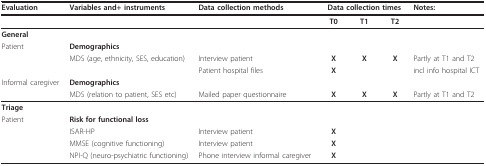
<table><thead><tr><td><b>Evaluation</b></td><td><b>Variables and+ instruments</b></td><td><b>Data collection methods</b></td><td colspan="3"><b>Data collection times</b></td><td><b>Notes:</b></td></tr></thead><tbody><tr><td></td><td></td><td></td><td><b>T0</b></td><td><b>T1</b></td><td><b>T2</b></td><td></td></tr><tr><td><b>General</b></td><td></td><td></td><td></td><td></td><td></td><td></td></tr><tr><td>Patient</td><td><b>Demographics</b></td><td></td><td></td><td></td><td></td><td></td></tr><tr><td></td><td>MDS (age, ethnicity, SES, education)</td><td>Interview patient</td><td><b>X</b></td><td><b>X</b></td><td><b>X</b></td><td>Partly at T1 and T2</td></tr><tr><td></td><td></td><td>Patient hospital files</td><td><b>X</b></td><td></td><td></td><td>incl info hospital ICT</td></tr><tr><td>Informal caregiver</td><td><b>Demographics</b></td><td></td><td></td><td></td><td></td><td></td></tr><tr><td></td><td>MDS (relation to patient, SES etc)</td><td>Mailed paper questionnaire</td><td><b>X</b></td><td><b>X</b></td><td><b>X</b></td><td>Partly at T1 and T2</td></tr><tr><td><b>Triage</b></td><td></td><td></td><td></td><td></td><td></td><td></td></tr><tr><td>Patient</td><td><b>Risk for functional loss</b></td><td></td><td></td><td></td><td></td><td></td></tr><tr><td></td><td>ISAR-HP</td><td>Interview patient</td><td><b>X</b></td><td></td><td></td><td></td></tr><tr><td></td><td>MMSE (cognitive functioning)</td><td>Interview patient</td><td><b>X</b></td><td></td><td></td><td></td></tr><tr><td></td><td>NPI-Q (neuro-psychiatric functioning)</td><td>Phone interview informal caregiver</td><td><b>X</b></td><td></td><td></td><td></td></tr></tbody></table>